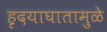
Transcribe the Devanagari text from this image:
हृदयाघातामुळे